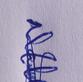
Signature authenticity: genuine